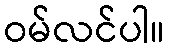
ဝမ်လင်ပါ။